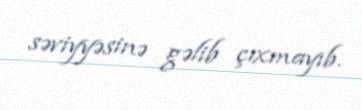
səviyyəsinə gəlib çıxmayıb.